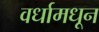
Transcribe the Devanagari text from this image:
वर्धामधून